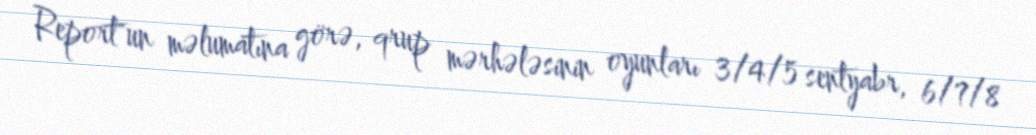
Report"un məlumatına görə, qrup mərhələsinin oyunları 3/4/5 sentyabr, 6/7/8